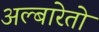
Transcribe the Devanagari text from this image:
अल्बारेतो